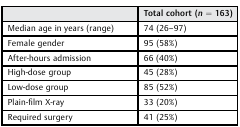
|  | Total cohort (n = 163) |
 | --- | --- |
 | Median age in years (range) | 74 (26–97) |
 | Female gender | 95 (58%) |
 | After-hours admission | 66 (40%) |
 | High-dose group | 45 (28%) |
 | Low-dose group | 85 (52%) |
 | Plain-film X-ray | 33 (20%) |
 | Required surgery | 41 (25%) |